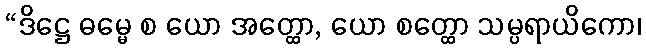
“ဒိဋ္ဌေ ဓမ္မေ စ ယော အတ္ထော, ယော စတ္ထော သမ္ပရာယိကော၊